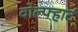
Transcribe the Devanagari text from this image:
वोल्फ्हार्ट